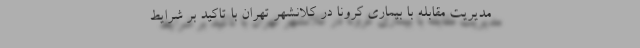
مدیریت مقابله با بیماری کرونا در کلانشهر تهران با تاکید بر شرایط